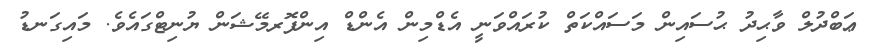
ޢަބްދުލް ވާޙިދު ޙުސައިން މަސައްކަތް ކުރައްވަނީ އެޑްމިން އެންޑް އިންފޮރމޭޝަން ޔުނިޓްގައެވެ. މައިގަނޑު